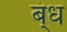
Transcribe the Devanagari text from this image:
ब्ंध